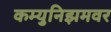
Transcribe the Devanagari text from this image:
कम्युनिझमवर